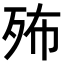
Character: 𣧦